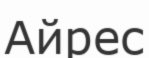
Айрес